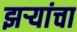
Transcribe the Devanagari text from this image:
झर्‍यांचा